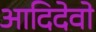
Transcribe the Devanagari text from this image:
आदिदेवो